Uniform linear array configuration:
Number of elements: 32
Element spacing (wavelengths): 0.5
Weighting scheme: binomial
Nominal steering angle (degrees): -45
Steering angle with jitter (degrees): -46.708
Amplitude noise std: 0.05
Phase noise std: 0.05

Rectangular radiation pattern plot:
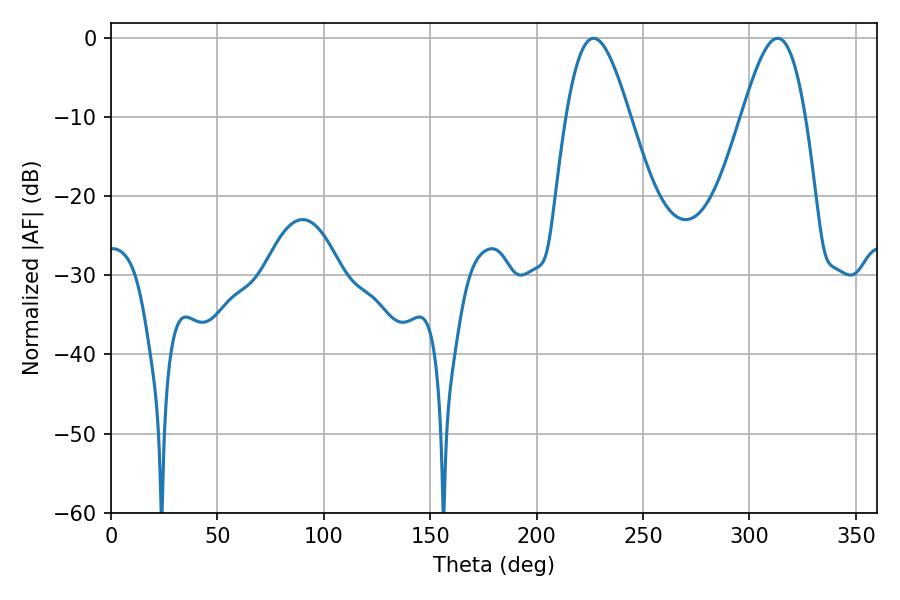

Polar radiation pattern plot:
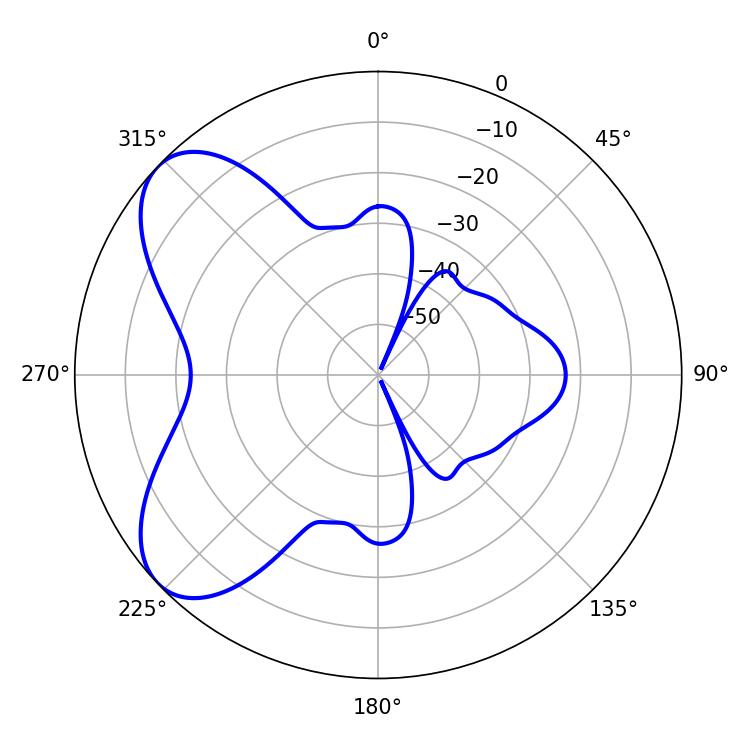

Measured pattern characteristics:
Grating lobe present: FALSE
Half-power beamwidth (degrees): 16.02
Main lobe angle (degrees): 226.8